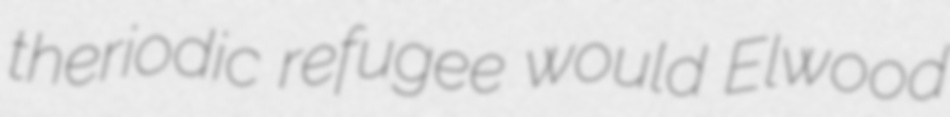
theriodic refugee would Elwood